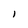
Character: l